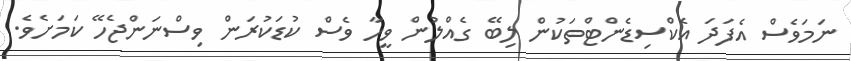
ނަމަވެސް އެފަދަ އެކްސިޑެންޓްތަކުން ލިބޭ ގެއްލުން ވީހާ ވެސް ކުޑަކުރަން ވިސްނަންޖެހޭ ކަމަށެވެ.